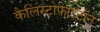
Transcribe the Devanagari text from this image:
कैलिस्टोफाइटॉन